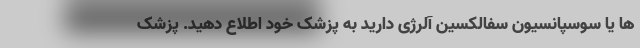
ها یا سوسپانسیون سفالکسین آلرژی دارید به پزشک خود اطلاع دهید. پزشک